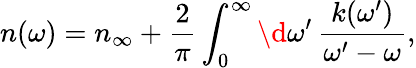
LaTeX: n(\omega)=n_{\infty}+\frac{2}{\pi}\int_{0}^{\infty}\d\omega^{\prime}\, \frac{k(\omega^{\prime})}{\omega^{\prime}-\omega},